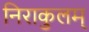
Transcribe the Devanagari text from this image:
निराकुलम्